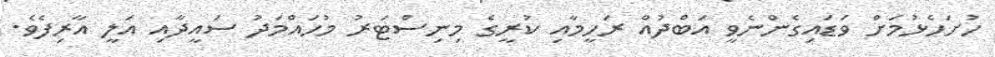
ހުށަހެޅުމަށް ވަޑައިގެންނެވީ އަބްދުއް ރަހީމާއި ކުރީގެ މިނިސްޓަރު މުހައްމަދު ސައީދާއި އަލީ އާރިފެވެ.